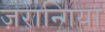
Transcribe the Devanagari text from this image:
ज़रान्गिया